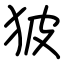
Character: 狓